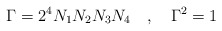
\begin{align*}\Gamma = 2^4 N_1 N_2 N_3 N_4~~~,~~~\Gamma^2 =1\end{align*}